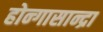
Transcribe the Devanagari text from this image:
होन्गासान्द्रा